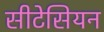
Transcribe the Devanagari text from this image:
सीटेसियन